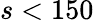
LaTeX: s<150